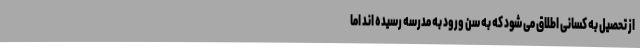
از تحصیل به کسانی اطلاق می شود که به سن ورود به مدرسه رسیده اند اما